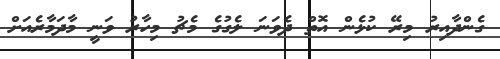
ގެންދާއިރު މިރޭ ކުޅެން އޮތް ދެވަނަ ލެގުގެ މެޗު މިހާރު ވަނީ މާދަމާރެއަށް